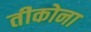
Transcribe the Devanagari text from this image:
तीकोना